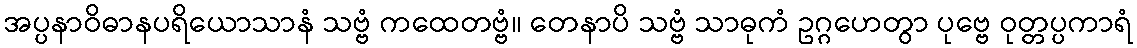
အပ္ပနာဝိဓာနပရိယောသာနံ သဗ္ဗံ ကထေတဗ္ဗံ။ တေနာပိ သဗ္ဗံ သာဓုကံ ဥဂ္ဂဟေတွာ ပုဗ္ဗေ ဝုတ္တပ္ပကာရံ